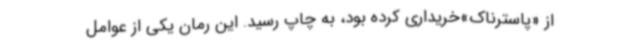
از «پاسترناک»خریداری کرده بود، به چاپ رسید. این رمان یکی از عوامل